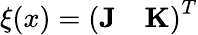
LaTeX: \xi(x)=\left(\begin{array}{ll}{\textbf{J}}&{\textbf{K}}\end{array}\right)^{T}